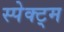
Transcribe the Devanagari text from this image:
स्पेक्ट्म